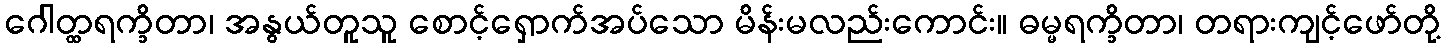
ဂေါတ္ထရက္ခိတာ၊ အနွယ်တူသူ စောင့်ရှောက်အပ်သော မိန်းမလည်းကောင်း။ ဓမ္မရက္ခိတာ၊ တရားကျင့်ဖော်တို့